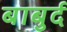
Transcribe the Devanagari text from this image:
बाबुर्द